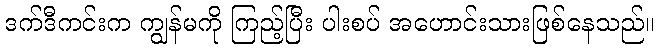
ဒက်ဒီကင်းက ကျွန်မကို ကြည့်ပြီး ပါးစပ် အဟောင်းသားဖြစ်နေသည်။